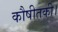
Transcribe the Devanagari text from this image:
कौषीतकी।